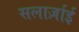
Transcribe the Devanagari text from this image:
सलार्ज़ाई